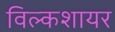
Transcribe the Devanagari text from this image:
विल्कशायर